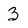
Character: 3